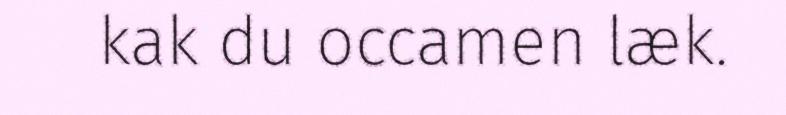
kak du occamen læk.